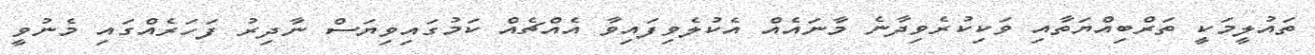
ތައުލީމަކީ ތަރްބިއްޔަތާއި ވަކިކުރެވިދާނެ މާނައެއް އެކުލެވިފައިވާ އެއްޗެއް ކަމުގައިވިޔަސް ނާދިރު ފަހަރެއްގައި މެނުވީ